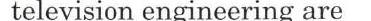
television engineering are